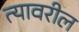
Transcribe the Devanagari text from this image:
त्‍यावरील